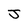
Character: J